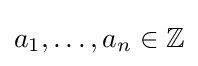
a_{1},\ldots ,a_{n}\in \mathbb {Z}